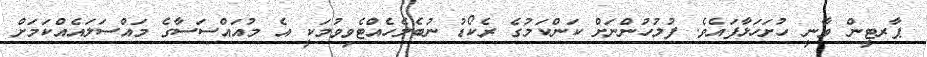
ޕާރޓީން ވާނީ ހުށަހަޅާފައެވެ. ފުލުހުންނަށް ކަންކަމުގެ ރެކޯޑު ނުބެލެހެއްޓެވިވުމަކީ އެ މުއައްސަސާގެ މައްސަލައެއްކަމަށް